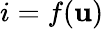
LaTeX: i=f(\mathbf{u})